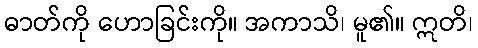
ဓာတ်ကို ဟောခြင်းကို။ အကာသိ၊ မူ၏။ ဣတိ၊